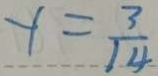
y = \frac { 3 } { 1 4 }